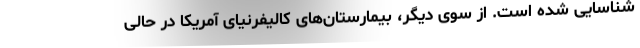
شناسایی شده است. از سوی دیگر، بیمارستان‌های کالیفرنیای آمریکا در حالی